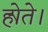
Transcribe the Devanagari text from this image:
होेते।